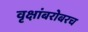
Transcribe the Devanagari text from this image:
वृक्षांबरोबरच